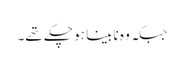
جبکہ وہ نابینا ہو چکے تھے۔